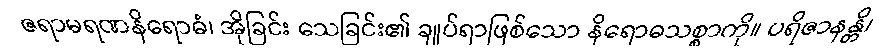
ဇရာမရဏနိရောဓံ၊ အိုခြင်း သေခြင်း၏ ချုပ်ရာဖြစ်သော နိရောဓသစ္စာကို။ ပရိဇာနန္တိ၊